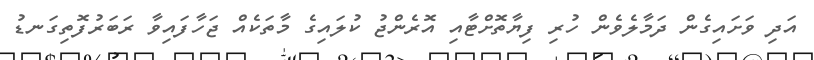
އަދި ވަށައިގެން ދަމާލެވެން ހުރި ފިޔާތޮށްޓާއި އޮރެންޖު ކުލައިގެ މާތަކެއް ޖަހާފައިވާ ރަބަރުފޮތިގަނޑު